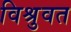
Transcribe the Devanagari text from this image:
विश्रुवत